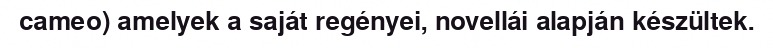
cameo) amelyek a saját regényei, novellái alapján készültek.